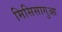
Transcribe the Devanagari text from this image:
मिसिसागुआ